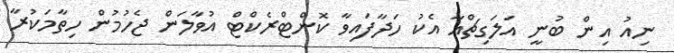
ނިއު އިން ބުނީ އަލަގިޗްއާ އެކު ހަދާފައިވާ ކޮންޓްރެކްޓް އުވާލަން ޖެހުމުން ހިތާމަކުރާ